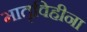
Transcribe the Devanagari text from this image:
मातृविहीना